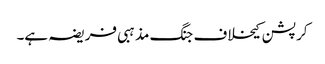
کرپشن کیخلاف جنگ مذہبی فریضہ ہے۔